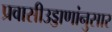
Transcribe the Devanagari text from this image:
प्रवासीउड्डाणांनुसार